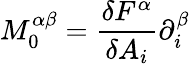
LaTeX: M_{0}^{\alpha\beta}=\frac{\delta F^{\alpha}}{\delta A_{i}}\partial_{i}^{\beta}